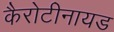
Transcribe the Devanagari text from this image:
कैरोटीनायड